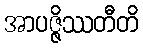
အာပဇ္ဇိဿတီတိ